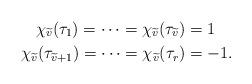
LaTeX: \begin{align*}\chi_{\widetilde v}(\tau_1) = \cdots = \chi_{\widetilde v}(\tau_{\widetilde{v}}) &= 1\\ \chi_{\widetilde v}(\tau_{\widetilde{v}+1}) = \cdots = \chi_{\widetilde v}(\tau_{r}) &= -1.\end{align*}